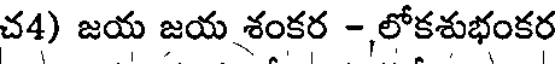
చ4) జయ జయ శంకర -,లోకశుభంకర